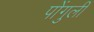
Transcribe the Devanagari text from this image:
पोंगुली